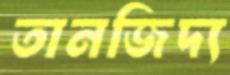
তানজিদ্য